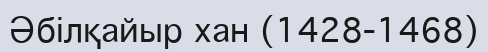
Әбілқайыр хан (1428-1468)